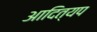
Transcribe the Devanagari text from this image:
आदित्यप